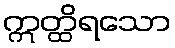
ဣတ္ထိရသော